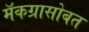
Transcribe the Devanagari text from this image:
मॅकग्रासोबत